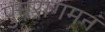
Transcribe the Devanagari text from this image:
पुनरागमनं